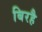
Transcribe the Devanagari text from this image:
बिरहै